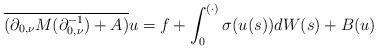
LaTeX: \begin{align*} \overline{(\partial_{0,\nu}M(\partial_{0,\nu}^{-1})+A)}u= f+ \int_0^{(\cdot)}\sigma(u(s))dW(s)+B(u) \end{align*}